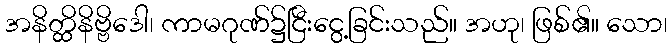
အနိတ္ထိနိဗ္ဗိဒေါ၊ ကာမဂုဏ်၌ငြီးငွေ့ခြင်းသည်။ အဟု၊ ဖြစ်၏။ သော၊